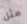
مثل